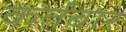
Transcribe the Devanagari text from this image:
कर्तबार